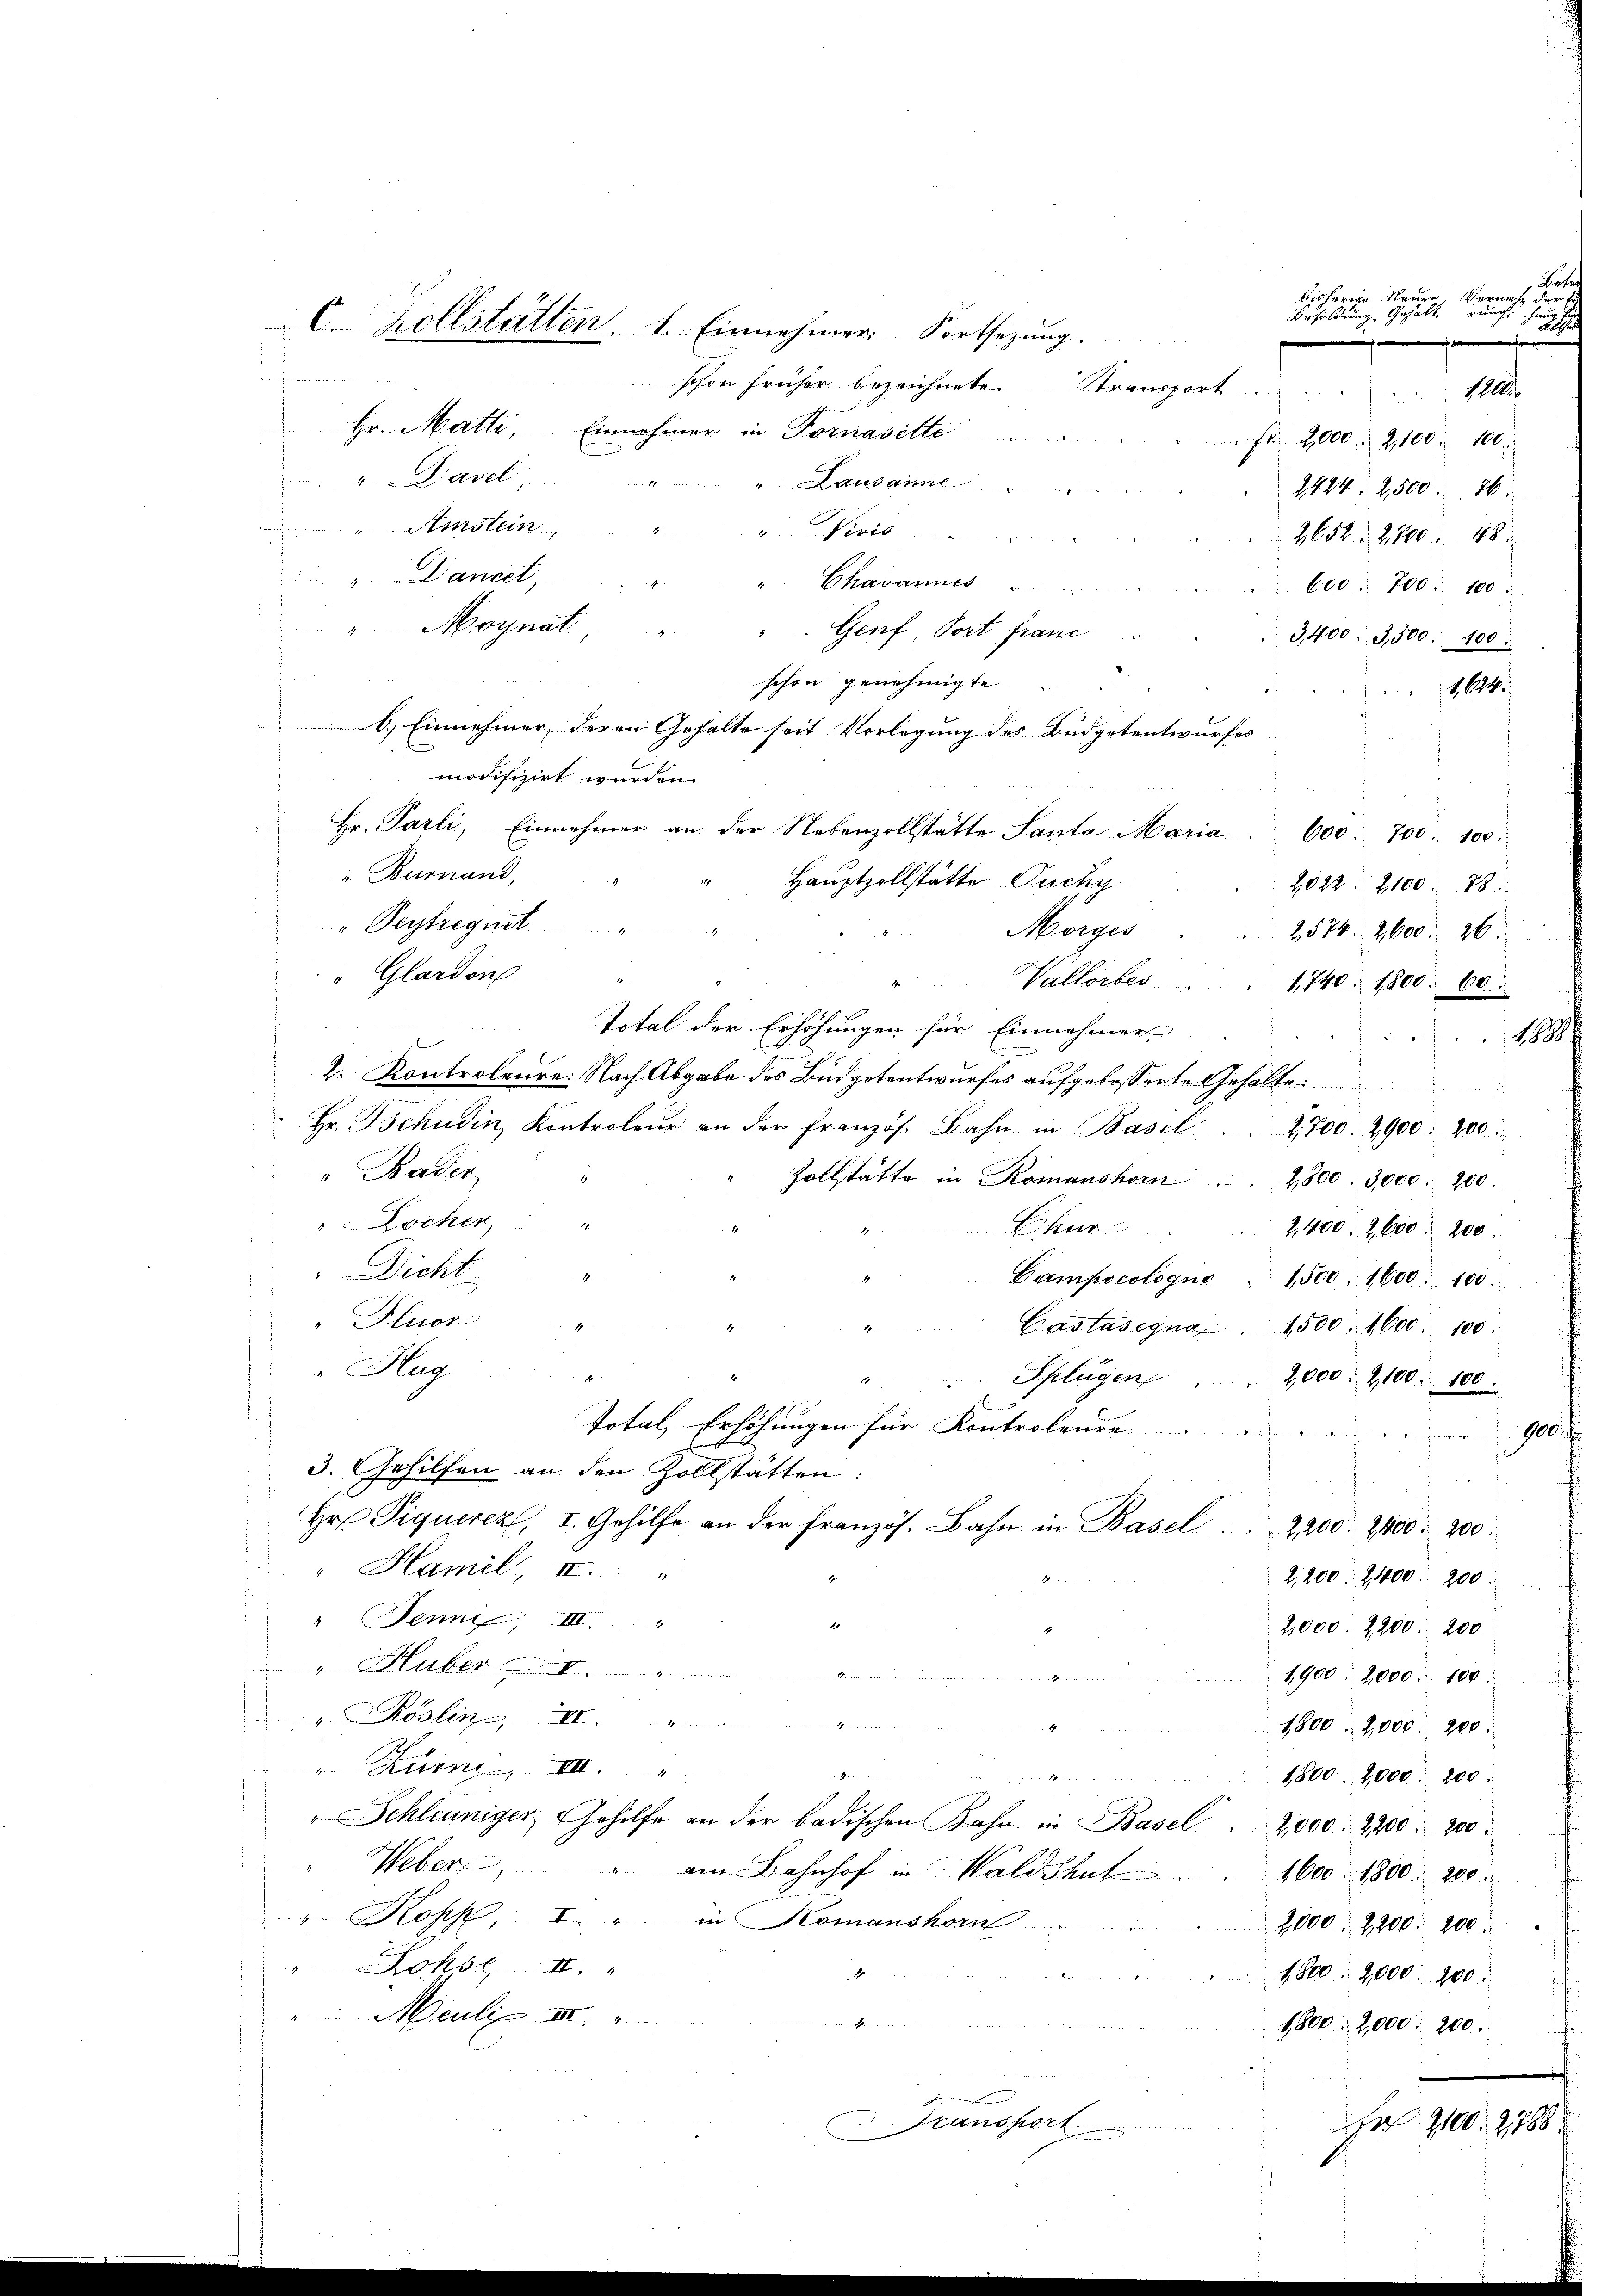
schon früher bezeichnete Stransport
Hr. Matti, Einnahmer in Fornasette
" Davel,
1
v. Lausanne
Amstein,
ei Perio
". Dancet,
Chavannes
"Moynat,
" Genf, Port franc
schon genehmigte
b.) Einnehmer, deren Gehalte seit Vorlegung des Büdgetentwurfes
modifizirt wurden.
Hr. Parli, Einnahmer an der Nebenzollstätte Santa Maria. 600. 700 : 100:
"Burnand,
Hauptzollstätte Puchy
"Peytregnet
Morges
2574. 2600. 26.
" Glardon
Vallorbes . . 1740. 1800. 60.
Total der Erhöhungen für Einnehmer
d
2. Kontroleure: Nach Abgabe des Büdgetantwurfes aufgebosserte Gehalte.
Hr. Tschudin, Kontroleur an der Französ. Bahn in Basel. 2,700. 2900. 200.
" Baden,
2
Zollstätte in Romanshorn . . 2800. 3,000. 200.
Dochen,
11.
Chur
2,400. 2600. 200.
 Dicht
Campscologne 1500. 1600. 100.
Fluor
Castasegna 1500. 1600. 100.
"Hug
Splügen
x
2,000 : 2,100. 100.
n
Total, Erhöhungen für Kontroleure
900
3. Gehilfen an den Zollstätten:
Hr. Piquerez, I. Gehilfe an der französ. Bahn in Basel . . . 2200. 2400. 200
"Hamil, II.

2,200. 2400. 200.
" Jennif, III.
2,000. 2200. 200.
uber
u
1900. 2000. 100.
. Roslin, II.

1800. 2,000. 280.
"Zurne III.
1800. 2000. 200
" Schleuniger, Gehilfe an der badischen Bahn in Basel. 2,000. 2200. 200.
" Weber
am Bahnhof in Waldshut
1600. 1800. 200.
" Kopf, I. " in Komanshorn
2,000. 2200. 100
ohsl  "
1800: 2,000. 100.
4
Meuli III
4
1800 2,000. 200.
r 2100. 2788
Transport

n

C. Kollstatten. 1. Einnehmer Fortsezung.

Arten
bisherige Neuer, Vernehe der
Vrsoldung Gehalt rech
h
¬

e
22, 24
Fr. 2000. 2100. 100.
2424. 2500. 16.
2652. 2700. 48
600. 700 : 100
3,400: 3,500. 100:

2,022. 2100. 78

1644.

1888.